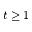
t \geq 1